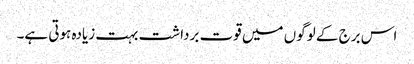
اس برج کے لوگوں میں قوت برداشت بہت زیادہ ہوتی ہے۔